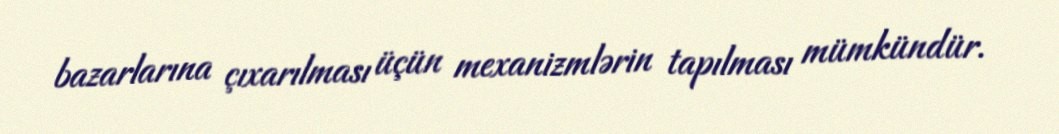
bazarlarına çıxarılması üçün mexanizmlərin tapılması mümkündür.